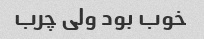
خوب بود ولی چرب